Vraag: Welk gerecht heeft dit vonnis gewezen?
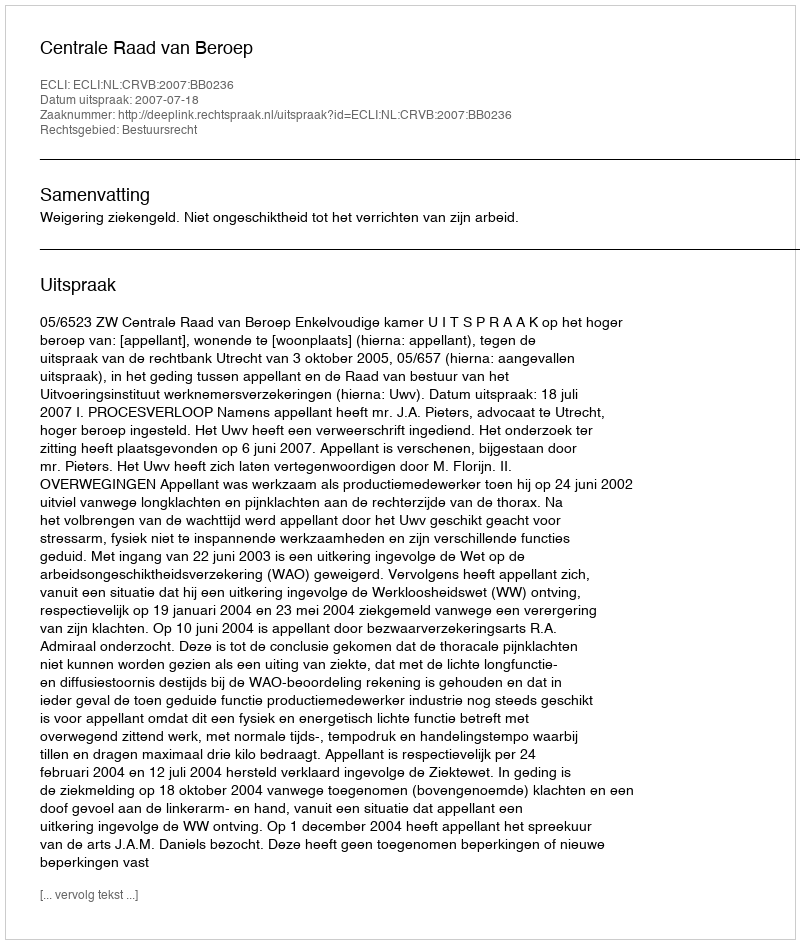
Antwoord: Centrale Raad van Beroep